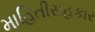
માહિતીસહકાર